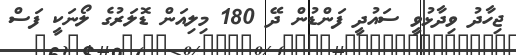
ޖިހާދު ވިދާޅުވީ ސައުދީ ފަންޑުން ދޭ 180 މިލިއަން ޑޮލަރުގެ ލޯނަކީ ފަސް